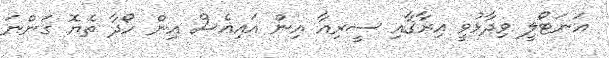
އަނަޓޯލީ ވިދާޅުވީ އިރާޤާއި ސީރިއާ އިން އައިއެސް އިން ހޯދާ ތެޔޮ ގަންނަ